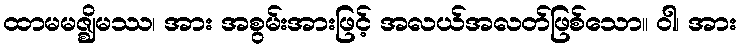
ထာမမဇ္ဈိမဿ၊ အား အစွမ်းအားဖြင့် အလယ်အလတ်ဖြစ်သော။ ဝါ၊ အား